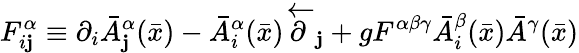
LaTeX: F_{i\mathbf{j}}^{\alpha}\equiv\partial_{i}\bar{{A}}_{\mathbf{j}}^{\alpha}(\bar{{x}})-\bar{{A}}_{i}^{\alpha}(\bar{{x}})\stackrel{\leftarrow}\partial_{\mathbf{j}}+gF^{\alpha\beta\gamma}\bar{{A}}_{i}^{\beta}(\bar{{x}})\bar{{A}}^{\gamma}(\bar{{x}})